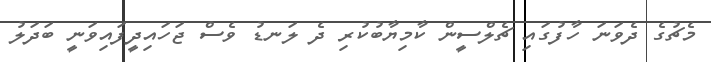
މެޗުގެ ދެވަނަ ހާފުގައި ޗެލްސީން ކާމިޔާބުކުރި ދެ ލަނޑު ވެސް ޖަހައިދީފައިވަނީ ބަދަލު